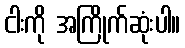
ငါးကို အကြိုက်ဆုံးပါ။